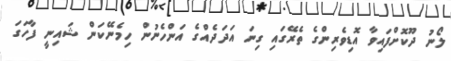
ލޯނު ދޫކޮށްފައިވާ އޮޑިވެރިންގެ ތެރޭގައި ގިނަ އަދަދެއްގެ އަންހެނުން ހިމެނޭކަން ޝައިނީ ފާހަގަ